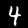
Label: 4